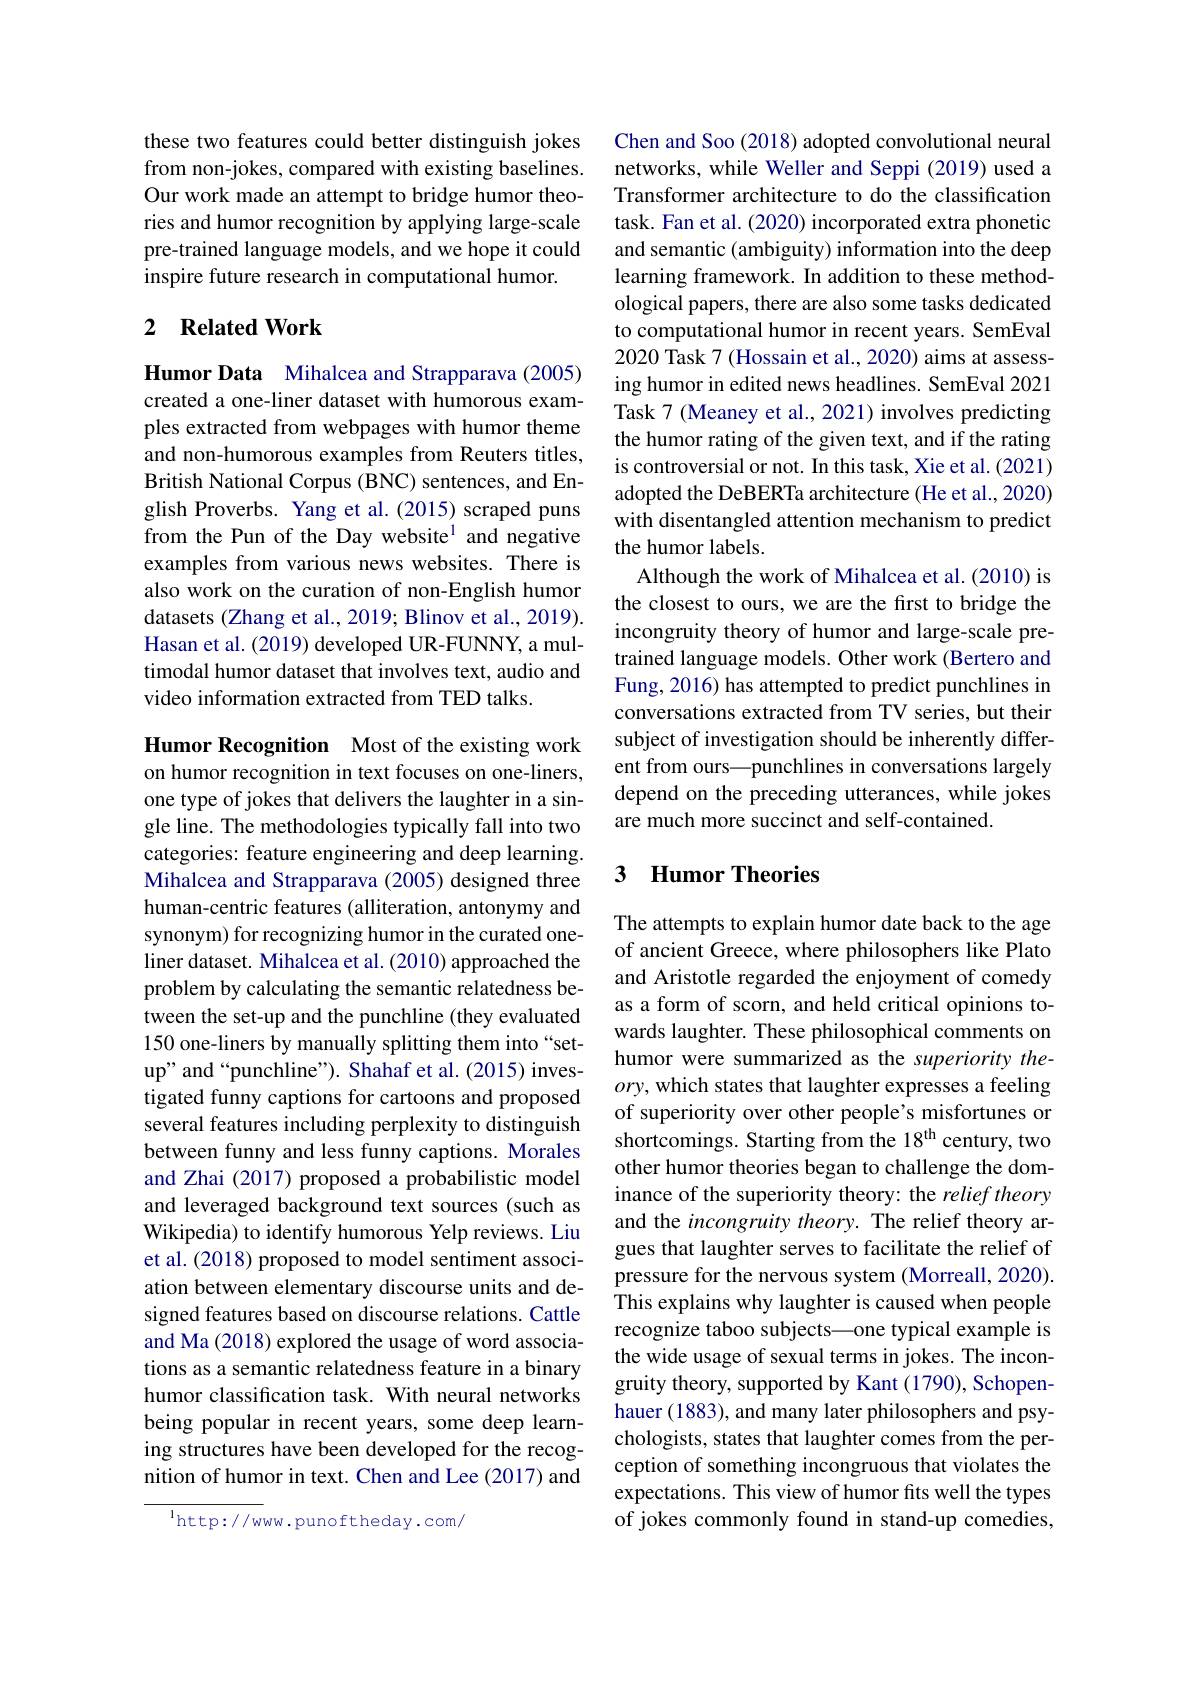
these two features could better distinguish jokes from non-jokes, compared with existing baselines. Our work made an attempt to bridge humor theories and humor recognition by applying large-scale pre-trained language models, and we hope it could inspire future research in computational humor.

## 2 $\textbf{Related Work}$

Humor Data Mihalcea and Strapparava (2005) created a one-liner dataset with humorous examples extracted from webpages with humor theme and non-humorous examples from Reuters titles, British National Corpus (BNC) sentences, and English Proverbs. Yang et al.(2015) scraped puns from the Pun of the Day website$^{1}$ and negative examples from various news websites. There is also work on the curation of non-English humor datasets (Zhang et al., 2019; Blinov et al., 2019). Hasan et al. (2019) developed UR-FUNNY, a multimodal humor dataset that involves text, audio and video information extracted from TED talks.

Humor Recognition Most of the existing work on humor recognition in text focuses on one-liners, one type of jokes that delivers the laughter in a single line. The methodologies typically fall into two categories: feature engineering and deep learning. Mihalcea and Strapparava (2005) designed three human-centric features (alliteration, antonymy and synonym) for recognizing humor in the curated oneliner dataset. Mihalcea et al. (2010) approached the problem by calculating the semantic relatedness between the set-up and the punchline (they evaluated 150 one-liners by manually splitting them into “setup" and “punchline”). Shahaf et al.(2015) investigated funny captions for cartoons and proposed several features including perplexity to distinguish between funny and less funny captions. Morales and Zhai (2017) proposed a probabilistic model and leveraged background text sources (such as Wikipedia) to identify humorous Yelp reviews. Liu et al. (2018) proposed to model sentiment association between elementary discourse units and designed features based on discourse relations. Cattle and Ma (2018) explored the usage of word associations as a semantic relatedness feature in a binary humor classification task. With neural networks being popular in recent years, some deep learning structures have been developed for the recognition of humor in text. Chen and Lee (2017) and

$^{1}$http://www.punoftheday.com/

Chen and Soo (2018) adopted convolutional neural networks, while Weller and Seppi (2019) used a Transformer architecture to do the classification task. Fan et al. (2020) incorporated extra phonetic and semantic (ambiguity) information into the deep learning framework. In addition to these methodological papers, there are also some tasks dedicated to computational humor in recent years. SemEval 2020 Task 7 (Hossain et al., 2020) aims at assessing humor in edited news headlines. SemEval 2021 Task 7 (Meaney et al., 2021) involves predicting the humor rating of the given text, and if the rating is controversial or not. In this task, Xie et al. (2021) adopted the DeBERTa architecture (He et al., 2020) with disentangled attention mechanism to predict the humor labels.
Although the work of Mihalcea et al. (2010) is the closest to ours, we are the first to bridge the incongruity theory of humor and large-scale pretrained language models. Other work (Bertero and Fung, 2016) has attempted to predict punchlines in conversations extracted from TV series, but their subject of investigation should be inherently different from ours—punchlines in conversations largely depend on the preceding utterances, while jokes are much more succinct and self-contained.

### 3 Humor Theories

The attempts to explain humor date back to the age of ancient Greece, where philosophers like Plato and Aristotle regarded the enjoyment of comedy as a form of scorn, and held critical opinions towards laughter. These philosophical comments on humor were summarized as the superiority the- $ory$, which states that laughter expresses a feeling of superiority over other people's misfortunes or shortcomings. Starting from the 18$^\mathrm{th}$ century, two other humor theories began to challenge the dominance of the superiority theory: the relief theory and the incongruity theory. The relief theory argues that laughter serves to facilitate the relief of pressure for the nervous system (Morreall, 2020). This explains why laughter is caused when people recognize taboo subjects—one typical example is the wide usage of sexual terms in jokes. The incongruity theory, supported by Kant (1790), Schopenhauer (1883), and many later philosophers and psychologists, states that laughter comes from the perception of something incongruous that violates the expectations. This view of humor fits well the types of jokes commonly found in stand-up comedies,